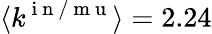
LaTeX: \langle k^{\mathrm{~i~n~/~m~u~}}\rangle=2.24